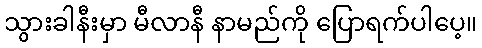
သွားခါနီးမှာ မီလာနီ နာမည်ကို ပြောရက်ပါပေ့။